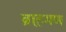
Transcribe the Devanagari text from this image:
ब्राह़मण